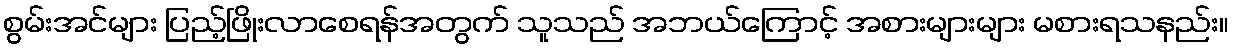
စွမ်းအင်များ ပြည့်ဖြိုးလာစေရန်အတွက် သူသည် အဘယ်ကြောင့် အစားများများ မစားရသနည်း။